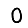
Digit: 0